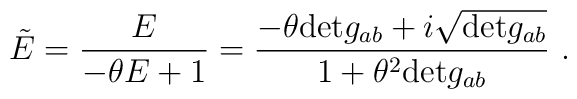
\tilde{E}=\frac{E}{-\theta E+1}=\frac{-\theta{\rm det}g_{ab}+i\sqrt{{\rm det}g_{ab}}}{1+\theta^{2}{\rm det}g_{ab}}\ .